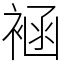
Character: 䘶